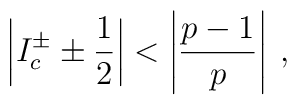
\left| I^{\pm }_{c}\pm \displaystyle\frac{1}{2}\right| <\left| \displaystyle\frac{p-1}{p}\right| \: ,